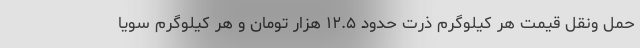
حمل ونقل قیمت هر کیلوگرم ذرت حدود ۱۲.۵ هزار تومان و هر کیلوگرم سویا